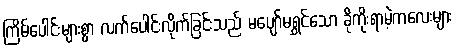
ကြိမ်ပေါင်းများစွာ လက်ပေါင်းလိုက်ခြင်းသည် မပျော်မရွှင်သော ခိုကိုးရာမဲ့ကလေးများ